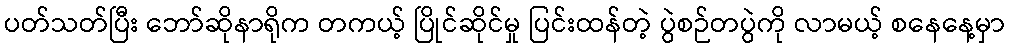
ပတ်သတ်ပြီး ဘော်ဆိုနာရိုက တကယ့် ပြိုင်ဆိုင်မှု ပြင်းထန်တဲ့ ပွဲစဉ်တပွဲကို လာမယ့် စနေနေ့မှာ